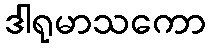
ဒါရုမာသကော